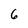
Character: 6